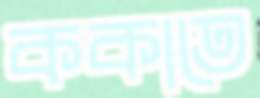
ককাতে